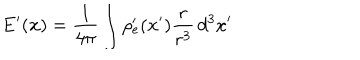
LaTeX: \mathbf { E } ^ { \prime } ( \mathbf { x } ) = \frac { 1 } { 4 \pi } \int \rho _ { e } ^ { \prime } ( \mathbf { x } ^ { \prime } ) \frac { \mathbf { r } } { r ^ { 3 } } \, d ^ { 3 } x ^ { \prime }